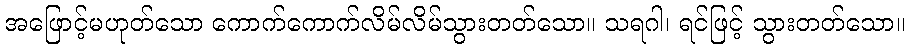
အဖြောင့်မဟုတ်သော ကောက်ကောက်လိမ်လိမ်သွားတတ်သော။ သရဂါ၊ ရင်ဖြင့် သွားတတ်သော။